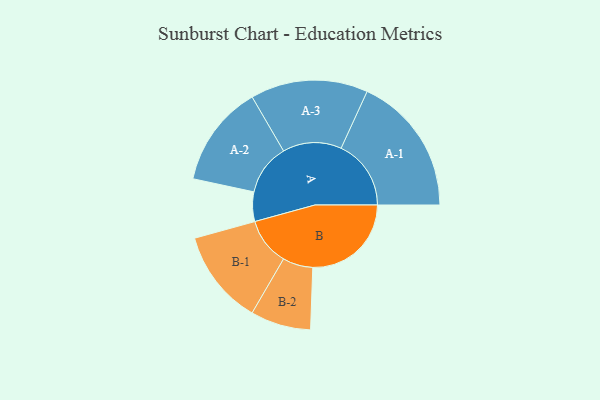
{"axis": {"x": "Segment", "y": "Value"}, "legend": ["", "A", "B"], "data": [{"x": "A", "y": 126, "type": ""}, {"x": "B", "y": 421, "type": ""}, {"x": "A-1", "y": 299, "type": "A"}, {"x": "A-2", "y": 218, "type": "A"}, {"x": "A-3", "y": 251, "type": "A"}, {"x": "B-1", "y": 203, "type": "B"}, {"x": "B-2", "y": 129, "type": "B"}]}